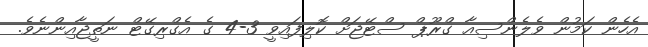
އެހެން ކަމުން ވެލެންސިއާ ގްރޫޕް ސްޓޭޖަށް ކޮލިފައިވީ 3-4 ގެ އެގްރިގޭޓް ނަތީޖާއިންނެވެ.